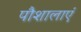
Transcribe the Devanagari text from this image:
पौशालाएं